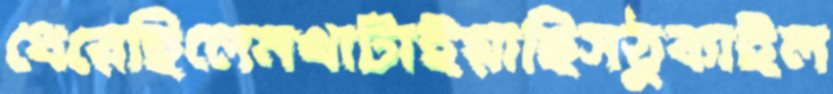
ধেরেছিলেনখাটাইয়াছিসঠুকাইল